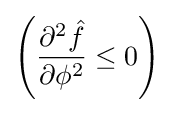
\left({\frac {\partial ^{2}{\hat {f}}}{\partial \phi ^{2}}}\leq 0\right)